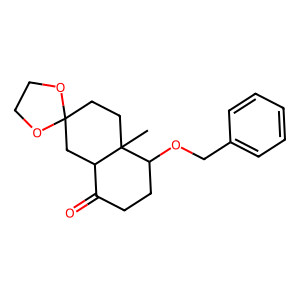
SMILES: CC12CCC3(CC1C(=O)CCC2OCc1ccccc1)OCCO3
Inhibits HIV replication: Yes